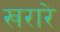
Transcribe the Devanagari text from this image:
खरारे